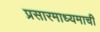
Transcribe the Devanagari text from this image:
प्रसारमाध्यमाची